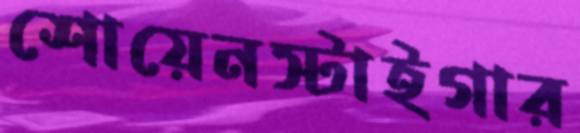
শোয়েনস্টাইগার